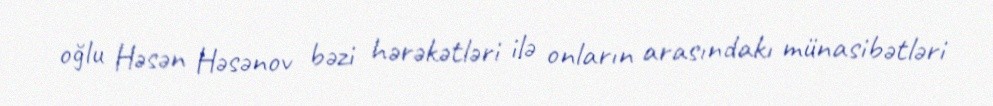
oğlu Həsən Həsənov bəzi hərəkətləri ilə onların arasındakı münasibətləri